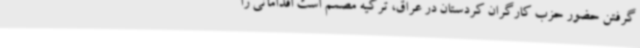
گرفتن حضور حزب کارگران کردستان در عراق، ترکیه مصمم است اقداماتی را